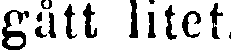
gått litet.